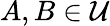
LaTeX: A,B\in{\mathcal{U}}